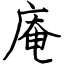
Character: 庵